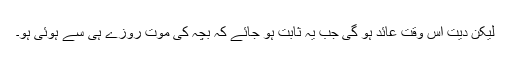
لیکن دیت اس وقت عائد ہو گی جب یہ ثابت ہو جائے کہ بچہ کی موت روزے ہی سے ہوئی ہو۔